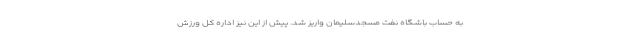
به حساب باشگاه نفت مسجدسلیمان واریز شد. پیش از این نیز اداره کل ورزش